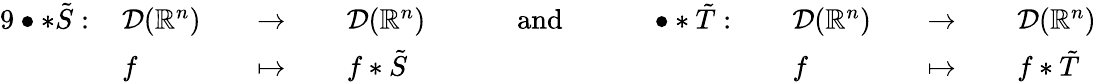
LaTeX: {\begin{array}{rlrlrlrlrlrlrlrl}{{9}\bullet\ast{\tilde{S}}:\, }&{{\mathcal{D}}(\mathbb{R}^{n})}&&{\to\, }&&{{\mathcal{D}}(\mathbb{R}^{n})}&&{\quad{\mathrm{~and~}}\quad}&&{\bullet\ast{\tilde{T}}:\, }&&{{\mathcal{D}}(\mathbb{R}^{n})}&&{\to\, }&&{{\mathcal{D}}(\mathbb{R}^{n})}\\ &{f}&&{\mapsto\, }&&{f\ast{\tilde{S}}}&&{}&&{}&&{f}&&{\mapsto\, }&&{f\ast{\tilde{T}}}\end{array}}